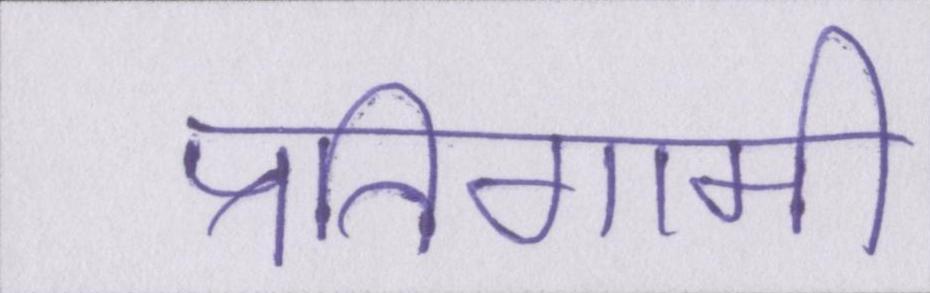
प्रतिगामी